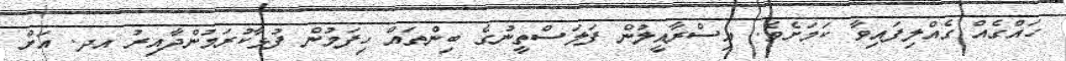
ހައްގެއް ގެއްލިފައިވާ ކަމަށެވެ. އިސްރާއީލުން ފަލަސްތީނުގެ ބިންތައް ހިފަމުން ފުޅާކުރަމުންދާއިރު އދ. އަށް